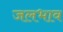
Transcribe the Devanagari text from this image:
जलभाव